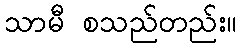
သာမီ စသည်တည်း။